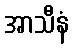
အာသီနံ